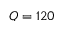
Q = 1 2 0